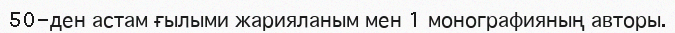
50-ден астам ғылыми жарияланым мен 1 монографияның авторы.